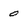
Character: 0